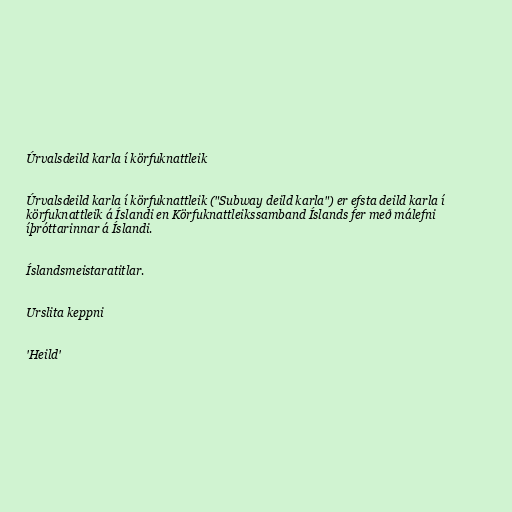
Úrvalsdeild karla í körfuknattleik

Úrvalsdeild karla í körfuknattleik ("Subway deild karla") er efsta deild karla í
körfuknattleik á Íslandi en Körfuknattleikssamband Íslands fer með málefni
íþróttarinnar á Íslandi.

Íslandsmeistaratitlar.

Urslita keppni

'Heild'